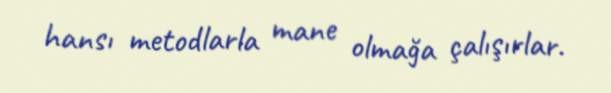
hansı metodlarla mane olmağa çalışırlar.